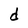
Character: d